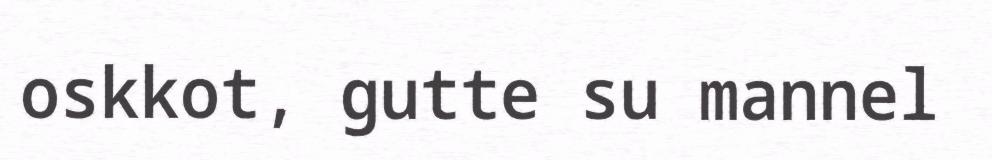
oskkot, gutte su mannel